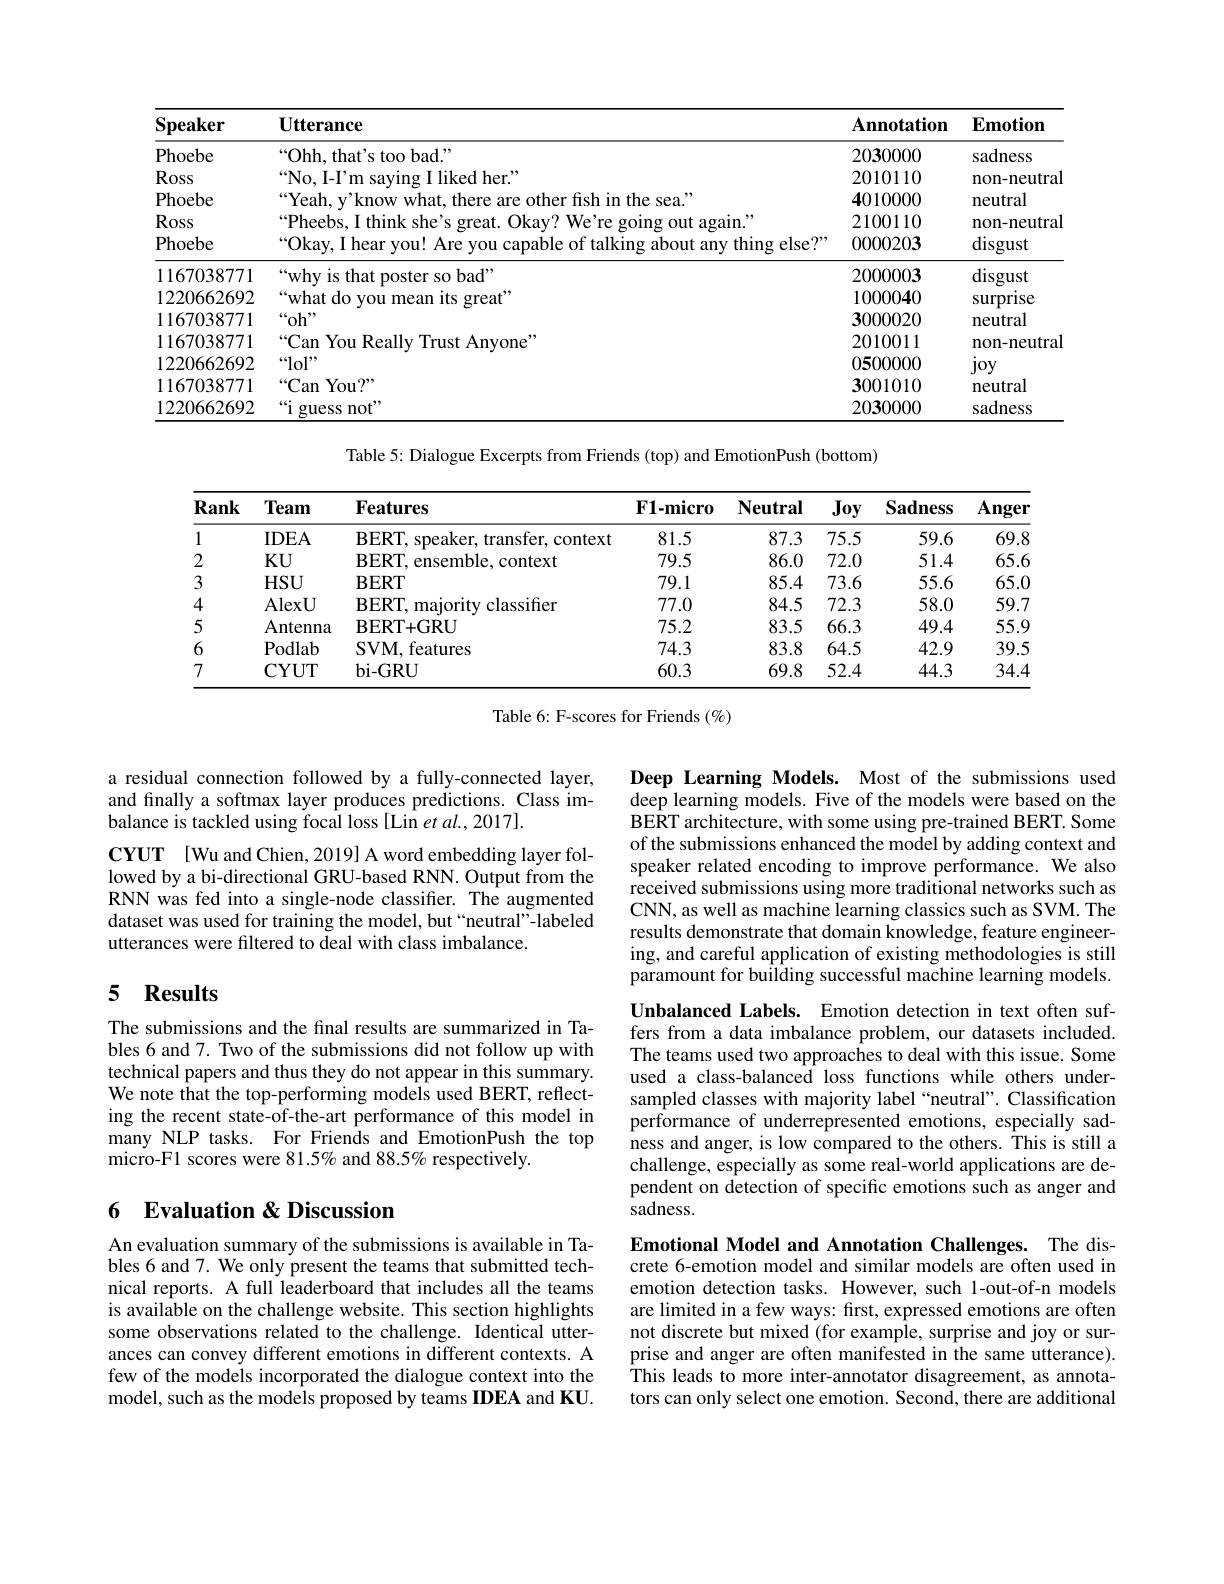
<table>
	<tbody>
		<tr>
			<th>$\mathbf{Speaker}$</th>
			<th>Utterance</th>
			<th>$\mathbf{Annotation}$</th>
			<th>$\mathbf{Emotion}$</th>
		</tr>
		<tr>
			<td>Phoebe</td>
			<td>“Ohh, that's too bad.”</td>
			<td>2030000</td>
			<td>sadness</td>
		</tr>
		<tr>
			<td>Ross</td>
			<td>No I- Pm $\mathrm{I~liked~her.}^{,}$</td>
			<td>2010110</td>
			<td>non-neutra</td>
		</tr>
		<tr>
			<td>Phoebe</td>
			<td>$Y_{f}$ knowwha r fish in the sea.</td>
			<td>4010000</td>
			<td>neutral</td>
		</tr>
		<tr>
			<td>Ross</td>
			<td>Pheehs |think orpat $11kaw^{\prime}$ W$e^{\prime }$re going</td>
			<td>2100110</td>
			<td>non-neutra</td>
		</tr>
		<tr>
			<td>Phoebe</td>
			<td>Okay. I hear vou! Are vou capable of talking about any thing else?</td>
			<td>0000203</td>
			<td>disgust</td>
		</tr>
		<tr>
			<td>1167038771</td>
			<td>“why is that poster so bad”</td>
			<td>2000003</td>
			<td>disgust</td>
		</tr>
		<tr>
			<td>1220662692</td>
			<td>whatdo VOll $\mathrm{oreat}^{,}$</td>
			<td>1000040</td>
			<td>surprise</td>
		</tr>
		<tr>
			<td>1167038771</td>
			<td>$\operatorname{'or}$</td>
			<td>3000020</td>
			<td>neutral</td>
		</tr>
		<tr>
			<td>1167038771</td>
			<td>$`$Can You Reallv $\mathrm{Anvone}^{5}$ ,,,,,,</td>
			<td>2010011</td>
			<td>non-neutra</td>
		</tr>
		<tr>
			<td>1220662692</td>
			<td>$“lol”$</td>
			<td>0500000</td>
			<td>joy</td>
		</tr>
		<tr>
			<td>1167038771</td>
			<td>$“$Can You? $”$</td>
			<td>3001010</td>
			<td>neutral</td>
		</tr>
		<tr>
			<td>1220662692</td>
			<td>$“$i guess not"</td>
			<td>2030000</td>
			<td>sadness</td>
		</tr>
	</tbody>
</table>

Table 5: Dialogue Excerpts from Friends (top) and EmotionPush (bottom)

<table>
	<tbody>
		<tr>
			<th>Rank</th>
			<th>Team</th>
			<th>$\mathbf{Features}$</th>
			<th>$\mathbf{F1-micro}$</th>
			<th>$\mathbf{Neutral}$</th>
			<th>Joy</th>
			<th>$\mathbf{Sadness}$</th>
			<th>Anger</th>
		</tr>
		<tr>
			<td>1</td>
			<td>$IDEA$</td>
			<td>BERT, speaker, transfer, context</td>
			<td>81.5</td>
			<td>87.3</td>
			<td>75.5</td>
			<td>59.6</td>
			<td>69.8</td>
		</tr>
		<tr>
			<td>2</td>
			<td>$KU$</td>
			<td>BERT, ensemble, context</td>
			<td>79.5</td>
			<td>86.0</td>
			<td>72.0</td>
			<td>51.4</td>
			<td>$65.\epsilon$</td>
		</tr>
		<tr>
			<td>3</td>
			<td>$HSU$</td>
			<td>$\mathbf{BERT}$</td>
			<td>79.1</td>
			<td>85.4</td>
			<td>73.6</td>
			<td>55.6</td>
			<td>$65.C$</td>
		</tr>
		<tr>
			<td>4</td>
			<td>AlexU</td>
			<td>BERT, majority classifier</td>
			<td>77.0</td>
			<td>84.5</td>
			<td>72.3</td>
			<td>58.0</td>
			<td>59.7</td>
		</tr>
		<tr>
			<td>5</td>
			<td>Antenna</td>
			<td>$\mathbf{BERT+GRU}$</td>
			<td>75.2</td>
			<td>83.5</td>
			<td>66.3</td>
			<td>49.4</td>
			<td>55.9</td>
		</tr>
		<tr>
			<td>6</td>
			<td>Podlab</td>
			<td>SVM, features</td>
			<td>74.3</td>
			<td>83.8</td>
			<td>64.5</td>
			<td>42.9</td>
			<td>39.5</td>
		</tr>
		<tr>
			<td>7</td>
			<td>$\mathbf{CYUT}$</td>
			<td>$\mathbf{bi-GRU}$</td>
			<td>60.3</td>
			<td>69.8</td>
			<td>52.4</td>
			<td>44.3</td>
			<td>34.</td>
		</tr>
	</tbody>
</table>

Table 6: F-scores for Friends $(\%)$

a residual connection followed by a fully-connected layer, and finally a softmax layer produces predictions. Class imbalance is tackled using focal loss [Lin et al., 2017].
$\mathbf{CYUT}$ [Wu and Chien, 2019] A word embedding layer followed by a bi-directional GRU-based RNN. Output from the RNN was fed into a single-node classifier. The augmented dataset was used for training the model, but“neutral”-labeled utterances were filtered to deal with class imbalance.

Deep Learning Models. Most of the submissions used deep learning models. Five of the models were based on the BERT architecture, with some using pre-trained BERT. Some of the submissions enhanced the model by adding context and speaker related encoding to improve performance. We also received submissions using more traditional networks such as CNN, as well as machine learning classics such as SVM. The results demonstrate that domain knowledge, feature engineering, and careful application of existing methodologies is still paramount for building successful machine learning models.

## 5 $\mathbf{Results}$

The submissions and the final results are summarized in Tables 6 and 7. Two of the submissions did not follow up with technical papers and thus they do not appear in this summary. We note that the top-performing models used BERT, reflecting the recent state-of-the-art performance of this model in many NLP tasks. For Friends and EmotionPush the top micro-F1 scores were 81.5% and 88.5% respectively.

Unbalanced Labels. Emotion detection in text often suffers from a data imbalance problem, our datasets included. The teams used two approaches to deal with this issue. Some used a class-balanced loss functions while others undersampled classes with majority label“neutral”. Classification performance of underrepresented emotions, especially sadness and anger, is low compared to the others. This is still a challenge, especially as some real-world applications are dependent on detection of specific emotions such as anger and sadness.

## 6 Evaluation & Discussion

An evaluation summary of the submissions is available in Tables 6 and 7. We only present the teams that submitted technical reports. A full leaderboard that includes all the teams is available on the challenge website. This section highlights some observations related to the challenge. Identical utterances can convey different emotions in different contexts. A few of the models incorporated the dialogue context into the model, such as the models proposed by teams IDEA and KU.

Emotional Model and Annotation Challenges. The discrete 6-emotion model and similar models are often used in emotion detection tasks. However, such 1-out-of-n models are limited in a few ways: first, expressed emotions are often not discrete but mixed (for example, surprise and joy or surprise and anger are often manifested in the same utterance). This leads to more inter-annotator disagreement, as annotators can only select one emotion. Second, there are additional